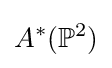
A^{*}(\mathbb {P} ^{2})